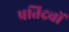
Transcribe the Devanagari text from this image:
प्रतिद्रवों